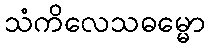
သံကိလေသဓမ္မော